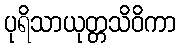
ပုရိသာယုတ္တသိဝိကာ